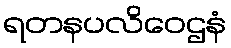
ရတနပလိဝေဌနံ